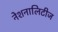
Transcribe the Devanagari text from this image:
नेशनालिटीज